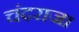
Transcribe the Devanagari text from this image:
चंदराजा